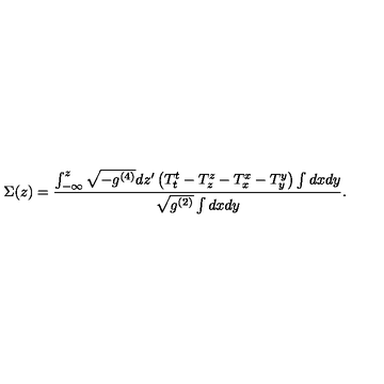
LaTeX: \Sigma ( z ) = \frac { \int _ { - \infty } ^ { z } \sqrt { - g ^ { ( 4 ) } } d z ^ { \prime } \left( T _ { t } ^ { t } - T _ { z } ^ { z } - T _ { x } ^ { x } - T _ { y } ^ { y } \right) \int d x d y } { \sqrt { g ^ { ( 2 ) } } \int d x d y } .